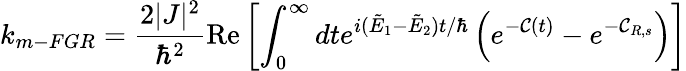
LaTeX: k_{m-FGR}=\frac{2|J|^{2}}{\hbar^{2}}\mathrm{Re}\left[\int_{0}^{\infty}dte^{i(\tilde{E}_{1}-\tilde{E}_{2})t/\hbar}\left(e^{-{\mathcal C}(t)}-e^{-{\mathcal C}_{R,s}}\right)\right]